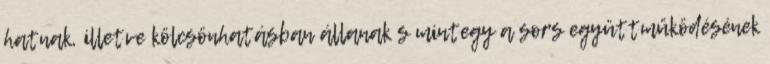
hatnak, illetve kölcsönhatásban állanak s mintegy a sors együttműködésének